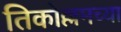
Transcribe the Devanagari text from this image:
तिकोल्लमच्या